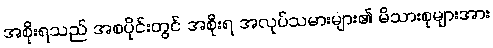
အစိုးရသည် အစပိုင်းတွင် အစိုးရ အလုပ်သမားများ၏ မိသားစုများအား